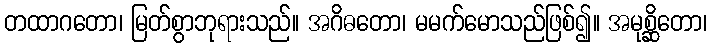
တထာဂတော၊ မြတ်စွာဘုရားသည်။ အဂိဓတော၊ မမက်မောသည်ဖြစ်၍။ အမုစ္ဆိတော၊